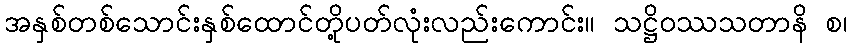
အနှစ်တစ်သောင်းနှစ်ထောင်တို့ပတ်လုံးလည်းကောင်း။ သဋ္ဌိဝဿသတာနိ စ၊